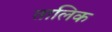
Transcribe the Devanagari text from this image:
तालिक